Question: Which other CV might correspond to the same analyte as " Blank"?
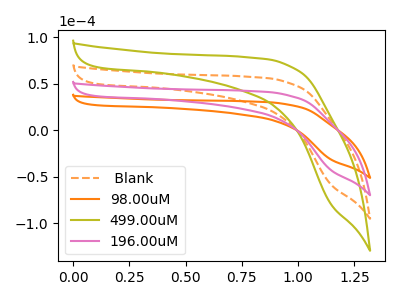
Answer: <think>The orange dashed curve " Blank" has no peaks. The orange curve "98.00uM" has no peaks. The olive curve "499.00uM" has no peaks. The pink curve "196.00uM" has no peaks.
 Neither " Blank" or "98.00uM" have any peaks. Neither " Blank" or "499.00uM" have any peaks. Neither " Blank" or "196.00uM" have any peaks. Neither "98.00uM" or "499.00uM" have any peaks. Neither "98.00uM" or "196.00uM" have any peaks. Neither "499.00uM" or "196.00uM" have any peaks.</think>
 <answer>" Blank", "499.00uM" and "196.00uM" have a similar shape to "98.00uM".</answer>
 <eval>" Blank" "499.00uM" "196.00uM"</eval>